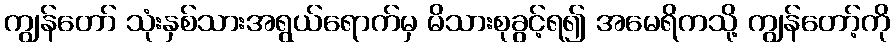
ကျွန်တော် သုံးနှစ်သားအရွယ်ရောက်မှ မိသားစုခွင့်ရ၍ အမေရိကသို့ ကျွန်တော့်ကို